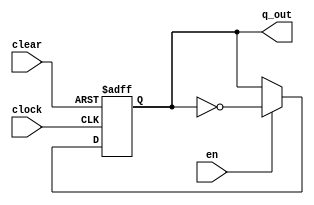
//1.1
module t_flipflop(en,clock,clear,q_out);
	input en;
	input clock;
	input clear;
	output reg q_out;

	always@(negedge clear or posedge clock)
		if(!clear)
			q_out <= 1'b0;
		else if(!en) 
			q_out <= q_out;
		else 
			q_out <= ~q_out;
					
endmodule


module counter_4bit(en,clock,clear,q_out);
	input en;
	input clock;
	input clear;
	wire w1,w2,w3;
	output wire [3:0] q_out;
	
	
	
	t_flipflop U1(.en(en),.clock(clock),.clear(clear),.q_out(q_out[0]));
	assign w1 = en&q_out[0];
	t_flipflop U2(.en(w1),.clock(clock),.clear(clear),.q_out(q_out[1]));
	assign w2 = w1&q_out[1];
	t_flipflop U3(.en(w2),.clock(clock),.clear(clear),.q_out(q_out[2]));
	assign w3 = w2&q_out[2];
	t_flipflop U4(.en(w3),.clock(clock),.clear(clear),.q_out(q_out[3]));
	
endmodule